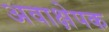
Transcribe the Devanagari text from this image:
अवाक्षेपक